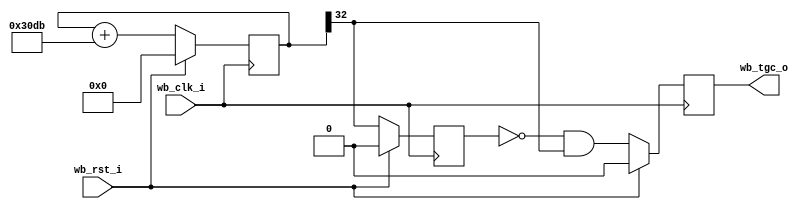
// --------------------------------------------------------------------
// --------------------------------------------------------------------
// Module:      timer.v
// Description: Wishbone based Timer
//    Phase accumulator clock:
//    Fo = Fc * N / 2^bits
//    here N: 12507 and bits: 33
//    it gives a frequency of 18.200080376 Hz
// --------------------------------------------------------------------
// --------------------------------------------------------------------
module timer #(
    parameter res   = 33,   // bit resolution (default: 33 bits)
    parameter phase = 12507 // phase value for the counter
  )
  (
    input      wb_clk_i,	  	// Wishbone slave interface
    input      wb_rst_i,
    output reg wb_tgc_o   		// Interrupt output
  );

  reg [res-1:0] cnt;
  reg           old_clk2;
  wire          clk2;

  // Continuous assignments
  assign clk2 = cnt[res-1];

  // Behaviour
  always @(posedge wb_clk_i)
    cnt <= wb_rst_i ? 0 : (cnt + phase);

  always @(posedge wb_clk_i)
    old_clk2 <= wb_rst_i ? 1'b0 : clk2;

  always @(posedge wb_clk_i)
    wb_tgc_o <= wb_rst_i ? 1'b0 : (!old_clk2 & clk2);

// --------------------------------------------------------------------
endmodule
// --------------------------------------------------------------------